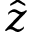
\hat { z }